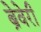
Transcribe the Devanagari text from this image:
ब्रेवेरी